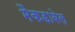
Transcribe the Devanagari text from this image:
मैकडाबेल